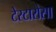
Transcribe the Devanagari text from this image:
टेस्टारोसा